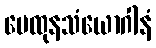
မေထုနသံယောဂါနံ